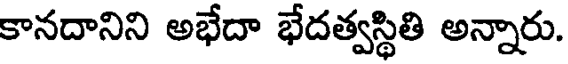
కానదానిని అభేదా భేదత్వస్థితి అన్నారు.